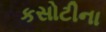
કસોટીના